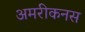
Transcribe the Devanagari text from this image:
अमरीकनस